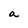
Character: a